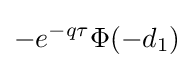
-e^{-q\tau }\Phi (-d_{1})